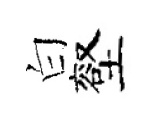
白壑